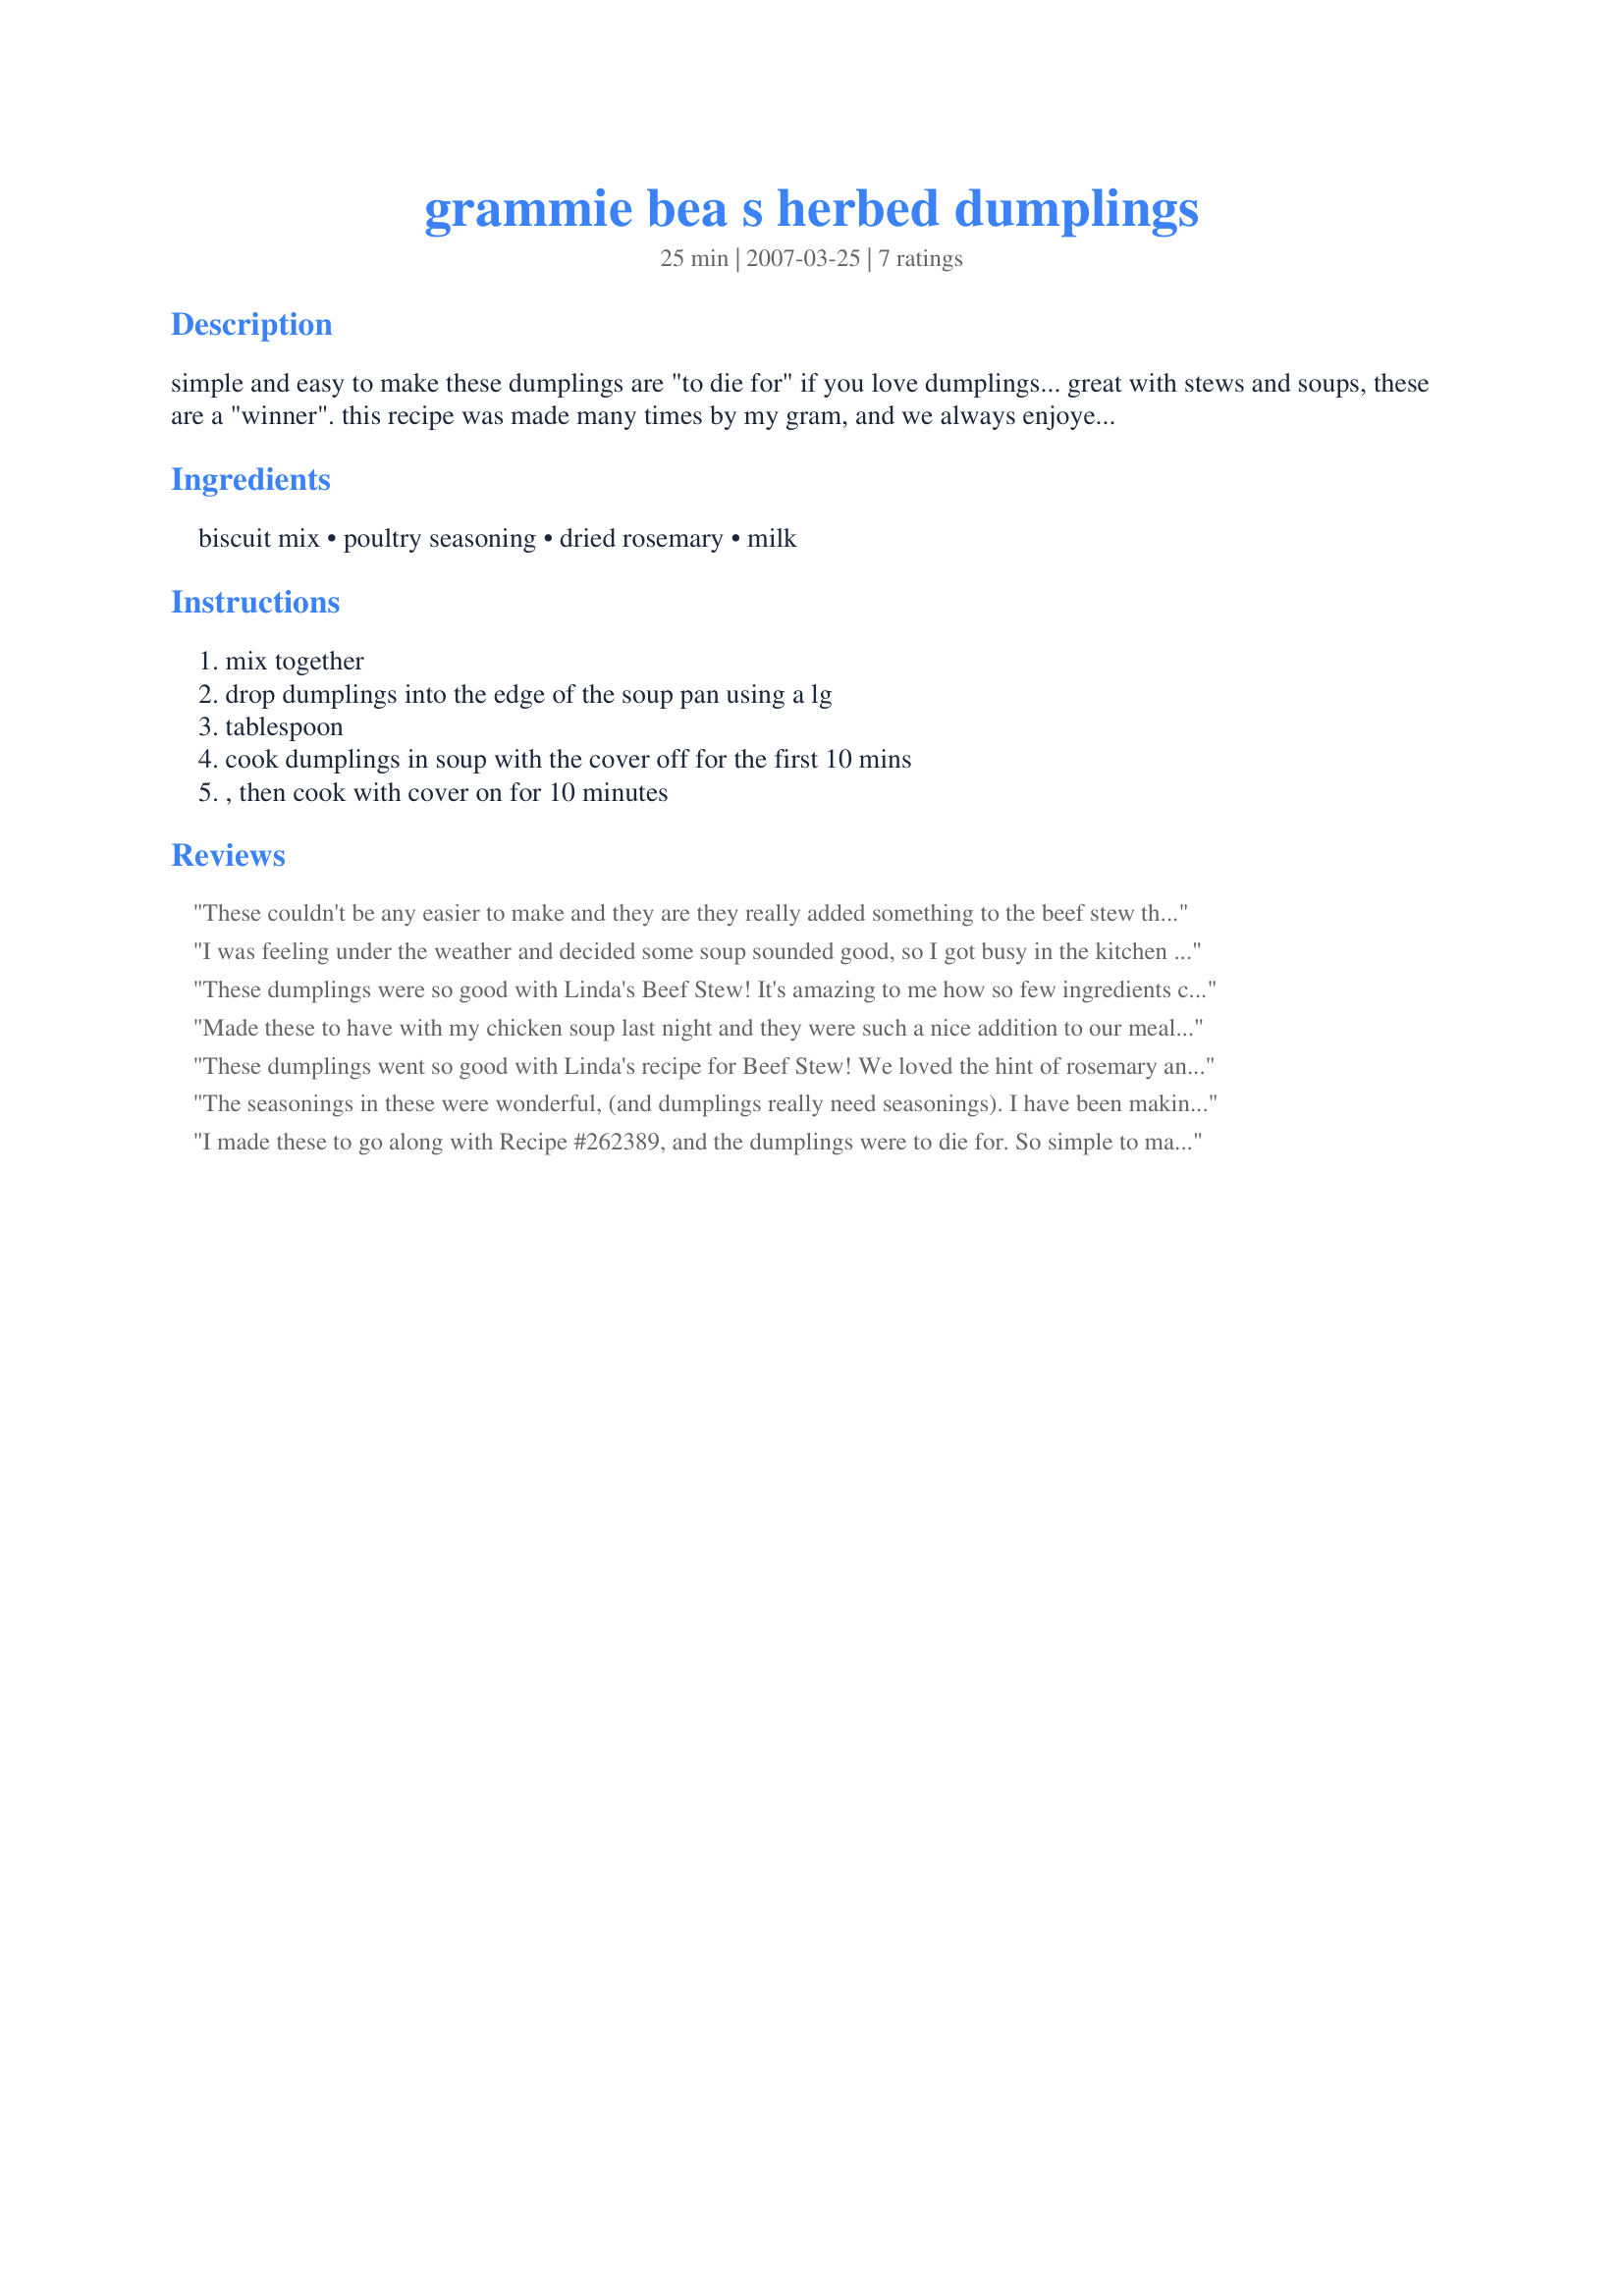
grammie bea s herbed dumplings
Preparation time: 25 minutes

simple and easy to make these dumplings are "to die for" if you love dumplings... great with stews and soups, these are a "winner". this recipe was made many times by my gram, and we always enjoyed them... they are wonderful! great with my recipes for recipe #218703 and recipe #218699!

Ingredients:
biscuit mix, poultry seasoning, dried rosemary, milk

Steps:
mix together, drop dumplings into the edge of the soup pan using a lg, tablespoon, cook dumplings in soup with the cover off for the first 10 mins, , then cook with cover on for 10 minutes

Reviews:
These couldn't be any easier to make and they are they really added something to the beef stew that I made. We can't wait to have these again! Make sure you cover the pan for the designated time and they will come out perfect.
I was feeling under the weather and decided some soup sounded good, so I got busy in the kitchen and made Recipe #20755 then added these in the broth about 15 minutes before serving times. These dumplings really tasted good to me, and was so comforting, since my throat was scratchy. They made me feel better!
These dumplings were so good with Linda's Beef Stew! It's amazing to me how so few ingredients can result in such flavorful dumplings! We loved them. This will be the dumpling recipe I use from now on with my stews. Delicious!
Made these to have with my chicken soup last night and they were such a nice addition to our meal. Really really loved these dumplings. So easy to prepare and so delicious along with the soup! Definately a repeat recipe for my family! Thanks for sharing Linda!
These dumplings went so good with Linda's recipe for Beef Stew! We loved the hint of rosemary and poultry seasoning. My husband ate 5 of them and they are pretty good size! I have to tell you, I had more than 1 too! These are so simple to whip up and boy, do they add to the Beef Stew! We loved these with our stew and it warmed our innards on one heck of a cold winter night! We will be having this again soon according to my husband. He raved about these dumplings!
The seasonings in these were wonderful, (and dumplings really need seasonings). I have been making dumplings (and loving them) for about 36 years now and this recipe was one of the very best. I used Lipton's Dry Noodle soup mix as the spice for the broth's base, removing the noodles, and chicken broth. The dumplings turned out very, very light and fluffy - thanks!
I made these to go along with Recipe #262389, and the dumplings were to die for. So simple to make and such great taste. Excellent recipe Linda!
